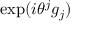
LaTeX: \mathrm { e x p } ( i \theta ^ { j } g _ { j } )